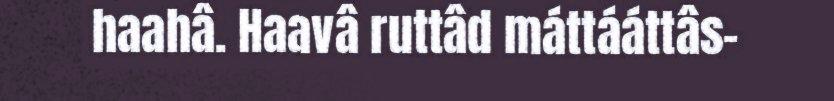
haahâ. Haavâ ruttâd máttááttâs-